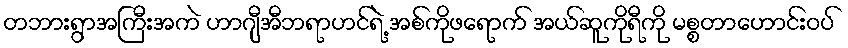
တဘားရွာအကြီးအကဲ ဟာဂျီအီဘရာဟင်ရဲ့ အစ်ကိုဖရောက် အယ်ဆူကိုရီကို မစ္စတာဟောင်းဝပ်